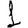
Digit: 1